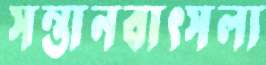
সন্তানবাৎসল্য